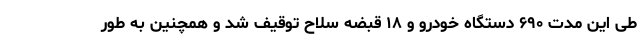
طی این مدت ۶۹۰ دستگاه خودرو و ۱۸ قبضه سلاح توقیف شد و همچنین به طور